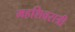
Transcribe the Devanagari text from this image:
महशिवरात्री